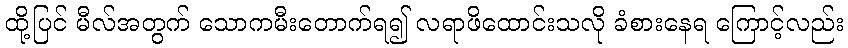
ထို့ပြင် မီလ်အတွက် သောကမီးတောက်ရ၍ လရာဖိထောင်းသလို ခံစားနေရ ကြောင့်လည်း